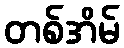
တစ်အိမ်